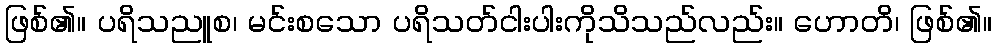
ဖြစ်၏။ ပရိသညူစ၊ မင်းစသော ပရိသတ်ငါးပါးကိုသိသည်လည်း။ ဟောတိ၊ ဖြစ်၏။